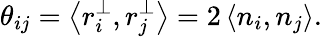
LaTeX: \theta_{ij}=\left<{r_{i}^{\perp},r_{j}^{\perp}}\right>=2\left<{n_{i},n_{j}}\right>.